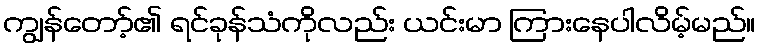
ကျွန်တော့်၏ ရင်ခုန်သံကိုလည်း ယင်းမာ ကြားနေပါလိမ့်မည်။